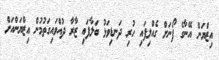
އިޒްޔަން އޭނާގެ ފޯނަށް ގެއްލިފައި ހުރި ދަނޑިވަޅު ބަލާފައި ޒާރާ ދުއްވައިގަތުމުން އިޒްޔަންއަށް